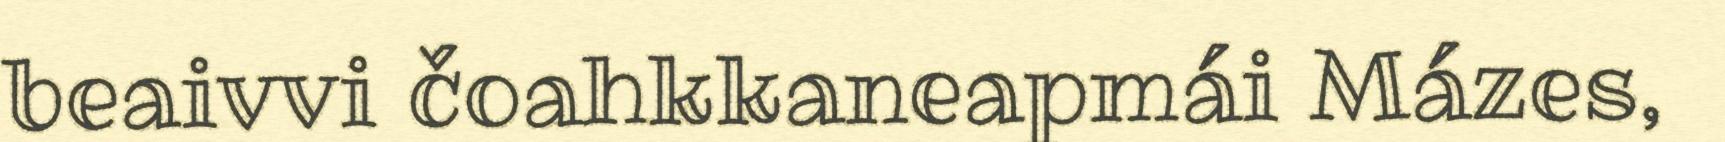
beaivvi čoahkkaneapmái Mázes,